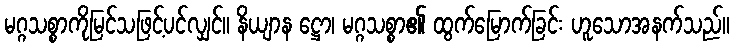
မဂ္ဂသစ္စာကိုမြင်သဖြင့်ပင်လျှင်။ နိယျာန ဋ္ဌော၊ မဂ္ဂသစ္စာ၏ ထွက်မြောက်ခြင်း ဟူသောအနက်သည်။